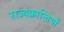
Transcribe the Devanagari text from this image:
राज्यक्रान्तियों